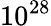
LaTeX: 10^{28}